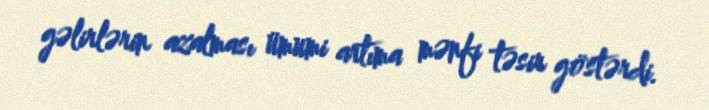
gəlirlərin azalması ümumi artıma mənfi təsir göstərdi.